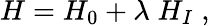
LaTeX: H=H_{0}+\lambda\; H_{I}\; ,